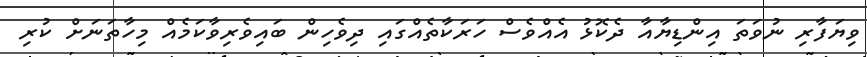
ވިޔަފާރި ނުވަތަ އިންޑިޔާއާ ދެކޮޅު އެއްވެސް ހަރަކާތެއްގައި ދިވެހިން ބައިވެރިވާކަމެއް މިހާތަނަށް ކުރި